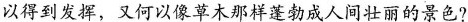
以得到发挥，又何以像草木那样蓬勃成人间壮丽的景色?